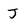
Character: J